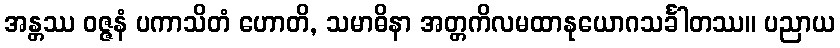
အန္တဿ ဝဇ္ဇနံ ပကာသိတံ ဟောတိ, သမာဓိနာ အတ္တကိလမထာနုယောဂသင်္ခါတဿ။ ပညာယ